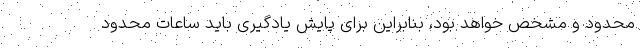
محدود و مشخص خواهد بود، بنابراین برای پایش یادگیری باید ساعات محدود